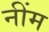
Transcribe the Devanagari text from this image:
नींम